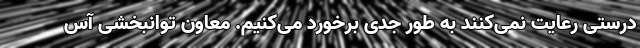
درستی رعایت نمی‌کنند به طور جدی برخورد می‌کنیم. معاون توانبخشی آس